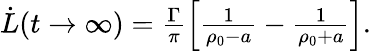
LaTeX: \begin{array}{r}{\dot{L}(t\rightarrow\infty)=\frac{\Gamma}{\pi}\left[\frac{1}{\rho_{0}-a}-\frac{1}{\rho_{0}+a}\right].}\end{array}